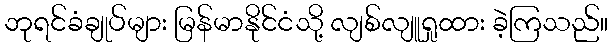
ဘုရင်ခံချုပ်များ မြန်မာနိုင်ငံသို့ လျစ်လျူရှုထား ခဲ့ကြသည်။